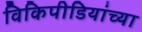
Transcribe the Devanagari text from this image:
विकिपीडियांच्या